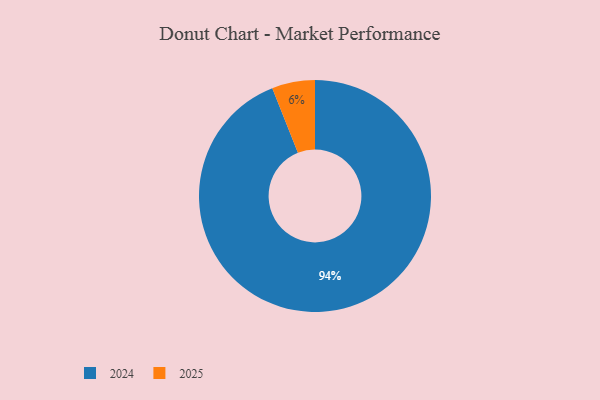
{"axis": {"x": "Category", "y": "Percentage"}, "legend": ["2024", "2025"], "data": [{"x": "2025", "y": 6, "type": "2025"}, {"x": "2024", "y": 94, "type": "2024"}]}